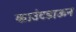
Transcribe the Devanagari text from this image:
काउंटडाऊन